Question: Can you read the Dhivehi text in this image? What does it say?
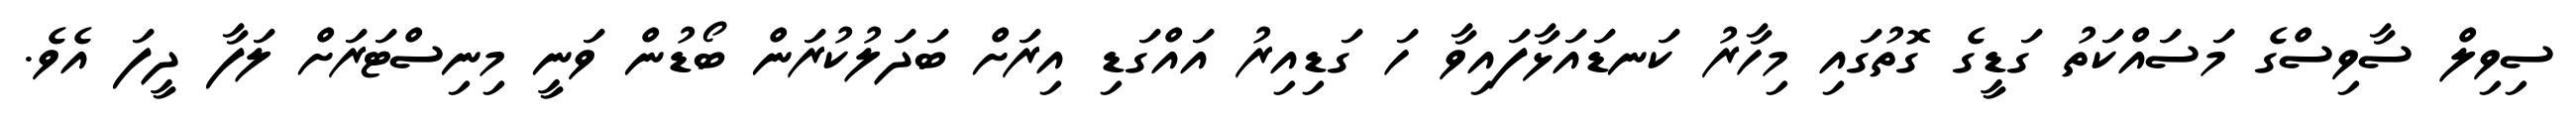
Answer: ސިވިލް ސާވިސްގެ މަސައްކަތު ގަޑީގެ ގޮތުގައި މިހާރު ކަނޑައަޅާފައިވާ ހަ ގަޑިއިރު އައްގަޑި އިރަށް ބަދަލުކުރަން ބޯޑުން ވަނީ މިނިސްޓަރަށް ލަފާ ދީފަ އެވެ.